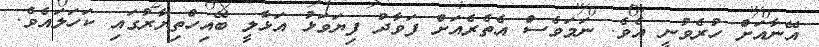
އޭނާއަށް ހުރެވުނީ އެވެ. ނަމަވެސް އެތެރެއަށް ފަވާދު ފިޔަވަޅު އަޅާލީ ބޭއިހްތިޔާރުގައި ކަހަލައެވެ.